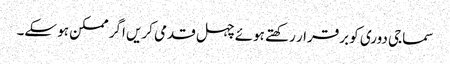
سماجی دوری کو برقرار رکھتے ہوئے چہل قدمی کریں اگر ممکن ہو سکے۔